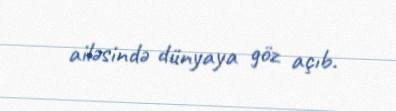
ailəsində dünyaya göz açıb.